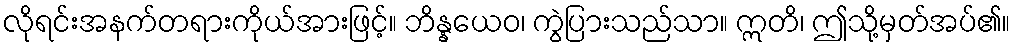
လိုရင်းအနက်တရားကိုယ်အားဖြင့်။ ဘိန္နယေဝ၊ ကွဲပြားသည်သာ။ ဣတိ၊ ဤသို့မှတ်အပ်၏။